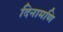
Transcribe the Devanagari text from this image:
दिनामणि